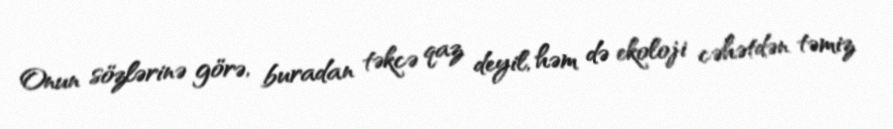
Onun sözlərinə görə, buradan təkcə qaz deyil, həm də ekoloji cəhətdən təmiz